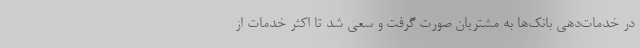
در خدمات‌دهی بانک‌ها به مشتریان صورت گرفت و سعی شد تا اکثر خدمات از